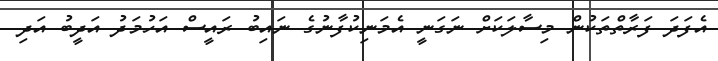
އެފަދަ ފަރާތްތަކުން މިސާލަކަށް ނަގަނީ އެމަނިކުފާނުގެ ނައިބު ރައީސް އަހުމަދު އަދީބު އަދި